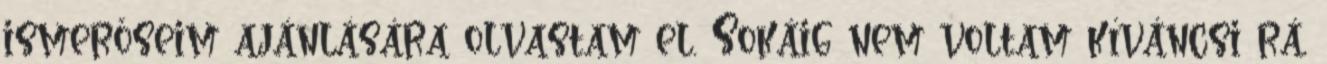
ismerőseim ajánlására olvastam el. Sokáig nem voltam kíváncsi rá,